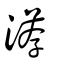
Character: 瀳